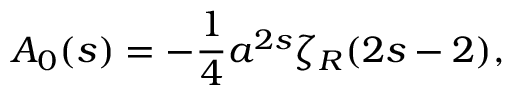
A _ { 0 } ( s ) = - { \frac { 1 } { 4 } } a ^ { 2 s } \zeta _ { R } ( 2 s - 2 ) ,